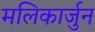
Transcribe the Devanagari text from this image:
मलिकार्जुन